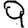
Digit: 9